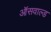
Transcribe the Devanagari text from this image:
ऑसवाल्ड